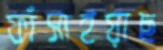
ফাঁসাইয়াছ